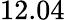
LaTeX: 12.04